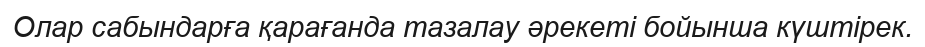
Олар сабындарға қарағанда тазалау әрекеті бойынша күштірек.